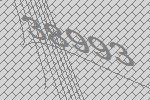
38993